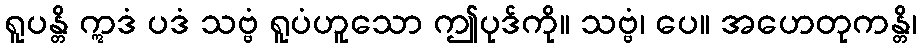
ရူပန္တိ ဣဒံ ပဒံ သဗ္ဗံ ရူပံဟူသော ဤပုဒ်ကို။ သဗ္ဗံ၊ ပေ။ အဟေတုကန္တိ၊